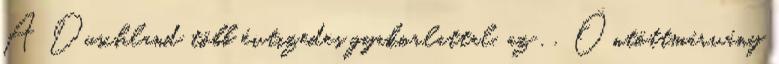
A Duschland több évtizedes gyakorlattal, az . . Öntöttmárvány